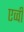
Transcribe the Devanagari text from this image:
एव्वी